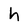
Character: h